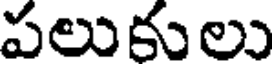
పలుకులు